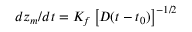
d z _ { m } / d t = K _ { f } \left[ D ( t - t _ { 0 } ) \right] ^ { - 1 / 2 }